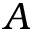
A